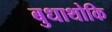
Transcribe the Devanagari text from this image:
बुधाथोकि